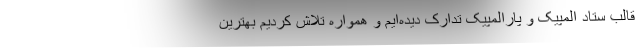
قالب ستاد المپیک و پارالمپیک تدارک دیده‌ایم و همواره تلاش کردیم بهترین